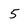
Character: 5